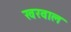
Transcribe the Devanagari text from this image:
खरवाल